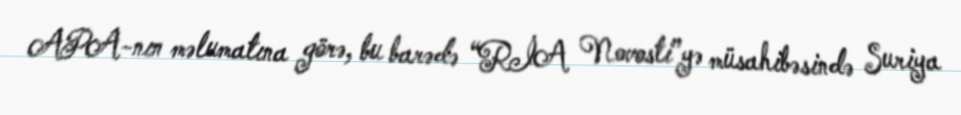
APA-nın məlumatına görə, bu barədə “RİA Novosti”yə müsahibəsində Suriya